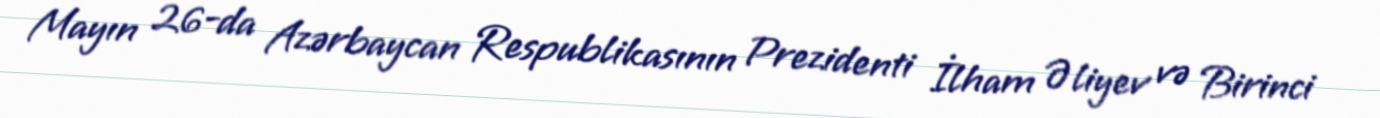
Mayın 26-da Azərbaycan Respublikasının Prezidenti İlham Əliyev və Birinci